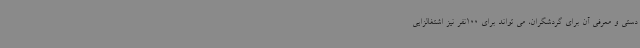
دستی و معرفی آن برای گردشگران، می تواند برای 100نفر نیز اشتغالزایی